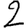
Digit: 2